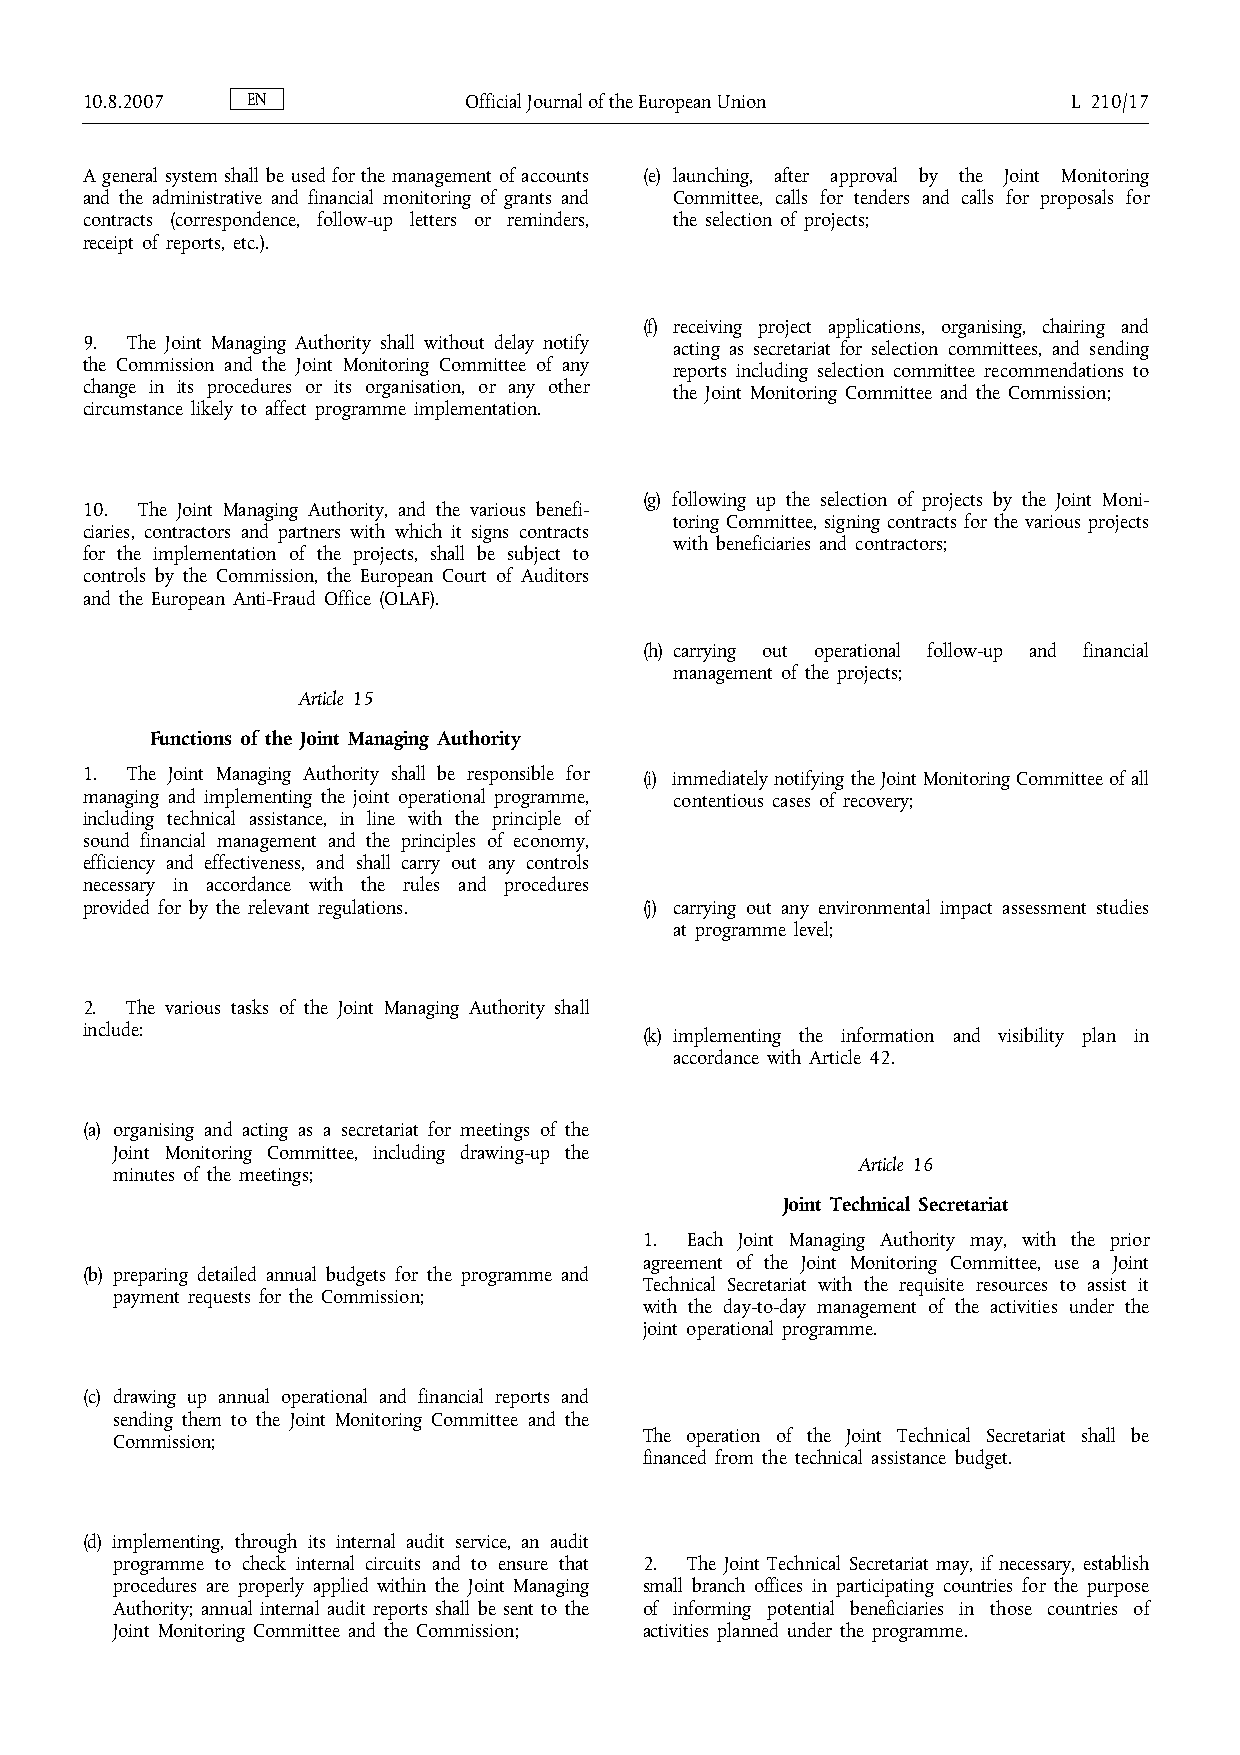
10.8.2007  EN             OfficialJournaloftheEuropeanUnion       L 210/17
 A general system shall be used for the management of accounts (e) launching, after approval by the Joint Monitoring
 and the administrative and financial monitoring of grants and Committee, calls for tenders and calls for proposals for
 contracts (correspondence, follow-up letters or reminders, the selection of projects;
 receipt of reports, etc.).
 (f) receiving project applications, organising, chairing and
 9. The Joint Managing Authority shall without delay notify acting as secretariat for selection committees, and sending
 the Commission and the Joint Monitoring Committee of any reports including selection committee recommendations to
 change in its procedures or its organisation, or any other the Joint Monitoring Committee and the Commission;
 circumstance likely to affect programme implementation.
 (g) following up the selection of projects by the Joint Moni-
 10. The Joint Managing Authority, and the various benefi-
 toring Committee, signing contracts for the various projects
 ciaries, contractors and partners with which it signs contracts
 with beneficiaries and contractors;
 for the implementation of the projects, shall be subject to
 controls by the Commission, the European Court of Auditors
 and the European Anti-Fraud Office (OLAF).
 (h) carrying out operational follow-up and financial
 management of the projects;
 Article 15
 Functions of the Joint Managing Authority
 1. The Joint Managing Authority shall be responsible for (i) immediatelynotifyingtheJointMonitoringCommitteeofall
 managing and implementing the joint operational programme, contentious cases of recovery;
 including technical assistance, in line with the principle of
 sound financial management and the principles of economy,
 efficiency and effectiveness, and shall carry out any controls
 necessary in accordance with the rules and procedures
 provided for by the relevant regulations. (j) carrying out any environmental impact assessment studies
 at programme level;
 2. The various tasks of the Joint Managing Authority shall
 include:                              (k) implementing the information and visibility plan in
 accordance with Article 42.
 (a) organising and acting as a secretariat for meetings of the
 Joint Monitoring Committee, including drawing-up the
 Article 16
 minutes of the meetings;
 Joint Technical Secretariat
 1. Each Joint Managing Authority may, with the prior
 agreement of the Joint Monitoring Committee, use a Joint
 (b) preparing detailed annual budgets for the programme and
 Technical Secretariat with the requisite resources to assist it
 payment requests for the Commission;
 with the day-to-day management of the activities under the
 joint operational programme.
 (c) drawing up annual operational and financial reports and
 sending them to the Joint Monitoring Committee and the
 Commission;                         The operation of the Joint Technical Secretariat shall be
 financed from the technical assistance budget.
 (d) implementing, through its internal audit service, an audit
 programme to check internal circuits and to ensure that 2. The Joint Technical Secretariat may, if necessary, establish
 procedures are properly applied within the Joint Managing small branch offices in participating countries for the purpose
 Authority; annual internal audit reports shall be sent to the of informing potential beneficiaries in those countries of
 Joint Monitoring Committee and the Commission; activities planned under the programme.